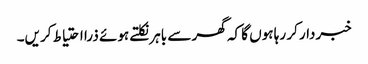
خبردار کر رہا ہوں گا کہ گھر سے باہر نکلتے ہوئے ذرا احتیاط کریں۔